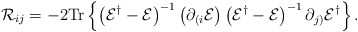
\begin{align*}{\cal R}_{ij}=- 2{\rm Tr}\left\{\left({\cal E}^{\dagger}-{\cal E}\right)^{-1}\left(\partial_{(i}{\cal E}\right) \left({\cal E}^{\dagger}-{\cal E}\right)^{-1}\partial_{j)}{\cal E}^{\dagger}\right\}.\end{align*}